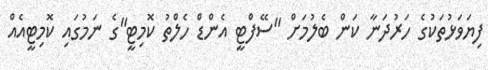
ފިޔަވަޅުތަކުގެ ހަރުދަނާ ކަން ބެލުމަށް "ސޭފްޓީ އެންޑް ހެލްތު ކޮމިޓީ"ގެ ނަމުގައި ކޮމިޓީއެއް